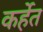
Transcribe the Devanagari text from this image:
कर्हेत